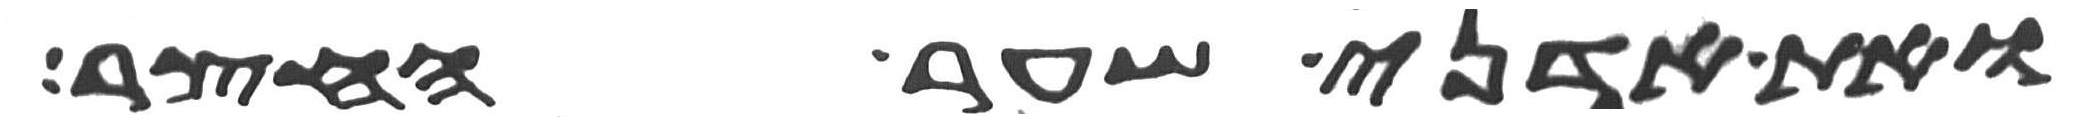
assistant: ואת אדני שער החצר